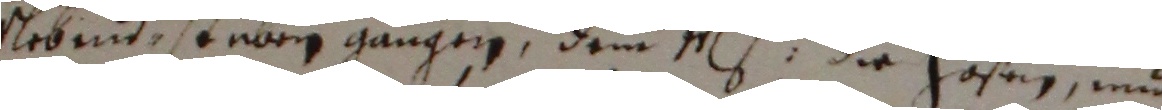
rebend, steber gangen, dem men die hosen und